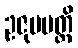
ဥဇုပပတ္တိ